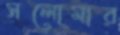
সলোমার